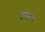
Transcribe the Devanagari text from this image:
ड़ंबरून